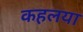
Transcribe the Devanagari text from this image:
कहलया